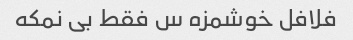
فلافل خوشمزه س فقط بی نمکه